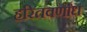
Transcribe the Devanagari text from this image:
हरितवर्णांध